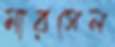
মারসেল